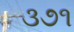
૩૭૧